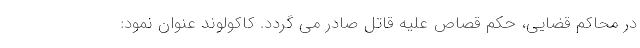
در محاکم قضایی، حکم قصاص علیه قاتل صادر می گردد. کاکولوند عنوان نمود: